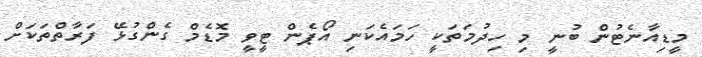
މީޑިއާނެޓުން ބުނީ މި ހިދުމަތަކީ ހަމައެކަނި އޯޕެން ޓީވީ މޮޑެމް ގެންގުުޅޭ ފަަރާތްތަކަށް